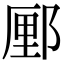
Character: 䣑